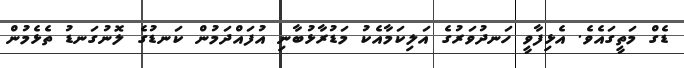
ޑެގް މަތީގައެވެ. އެޅިފާވީ ހަނދުވަރުގެ އަލިކަމާއެކު މަޑުރާޅުބާނި އުފައްދަމުން ކަނޑުގެ ލޮނުގަނޑު ތެޅެމުން